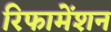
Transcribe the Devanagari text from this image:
रिफामेंशन